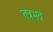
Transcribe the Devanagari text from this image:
तत्रभवं